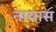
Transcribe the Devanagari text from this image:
नायास